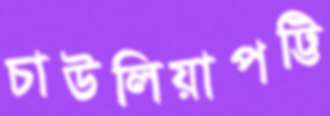
চাউলিয়াপট্টি